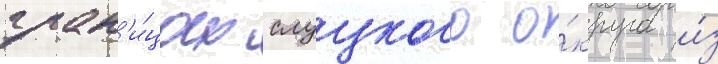
гран'и́цах слуцкого о́круга и́з